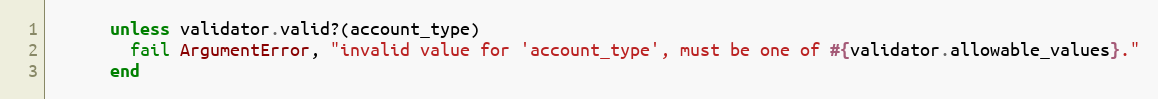
Language: Ruby
      unless validator.valid?(account_type)
        fail ArgumentError, "invalid value for 'account_type', must be one of #{validator.allowable_values}."
      end